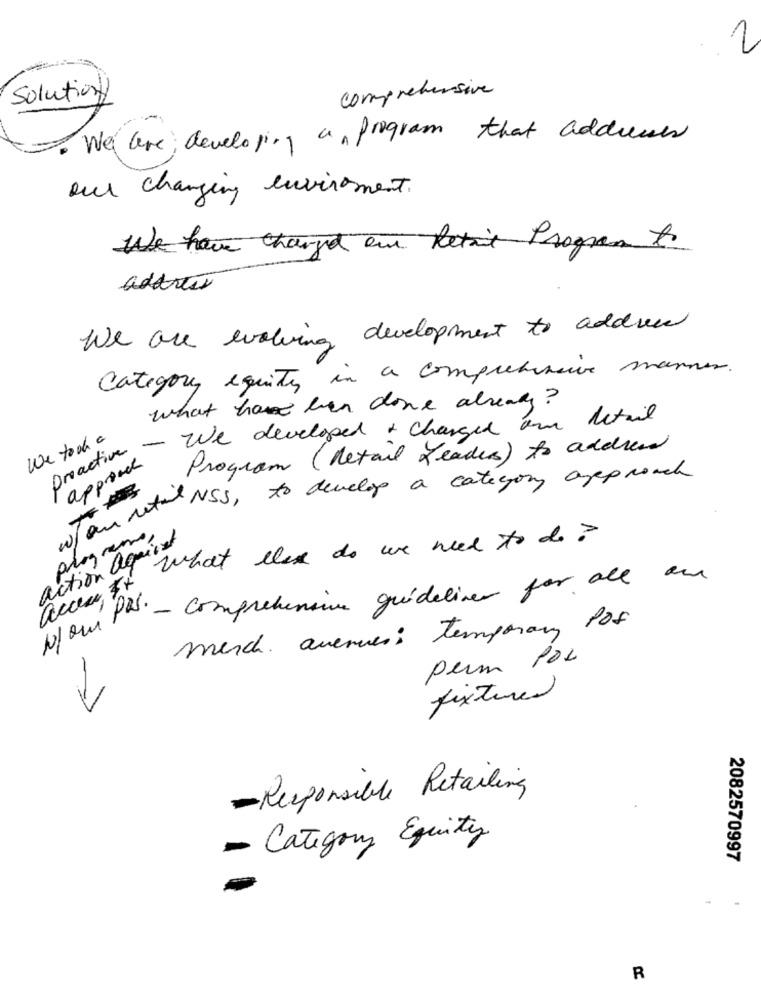
1
Solution
comprehensive
We are; developing a program that addresses
our changing environment.
We have changed eur Retail Program to
address
We are evolving development to addres
Category equity in a comprehensive manner.
what have been done already?
- We developed & changed on Retail
We took a
proactive
Program (Retail Leaders) to address
approach
Jour NSS, to develop a category ajep reach
action aquiest
programe,
what they do we ned to do ??
access, 3+
Pas- Comprehensive guidelines for all an
N/ou
merch. avenues: temporan Pos
perm Por
fixtures
-Responsible Retailing
- Category Equity
2082570997
R